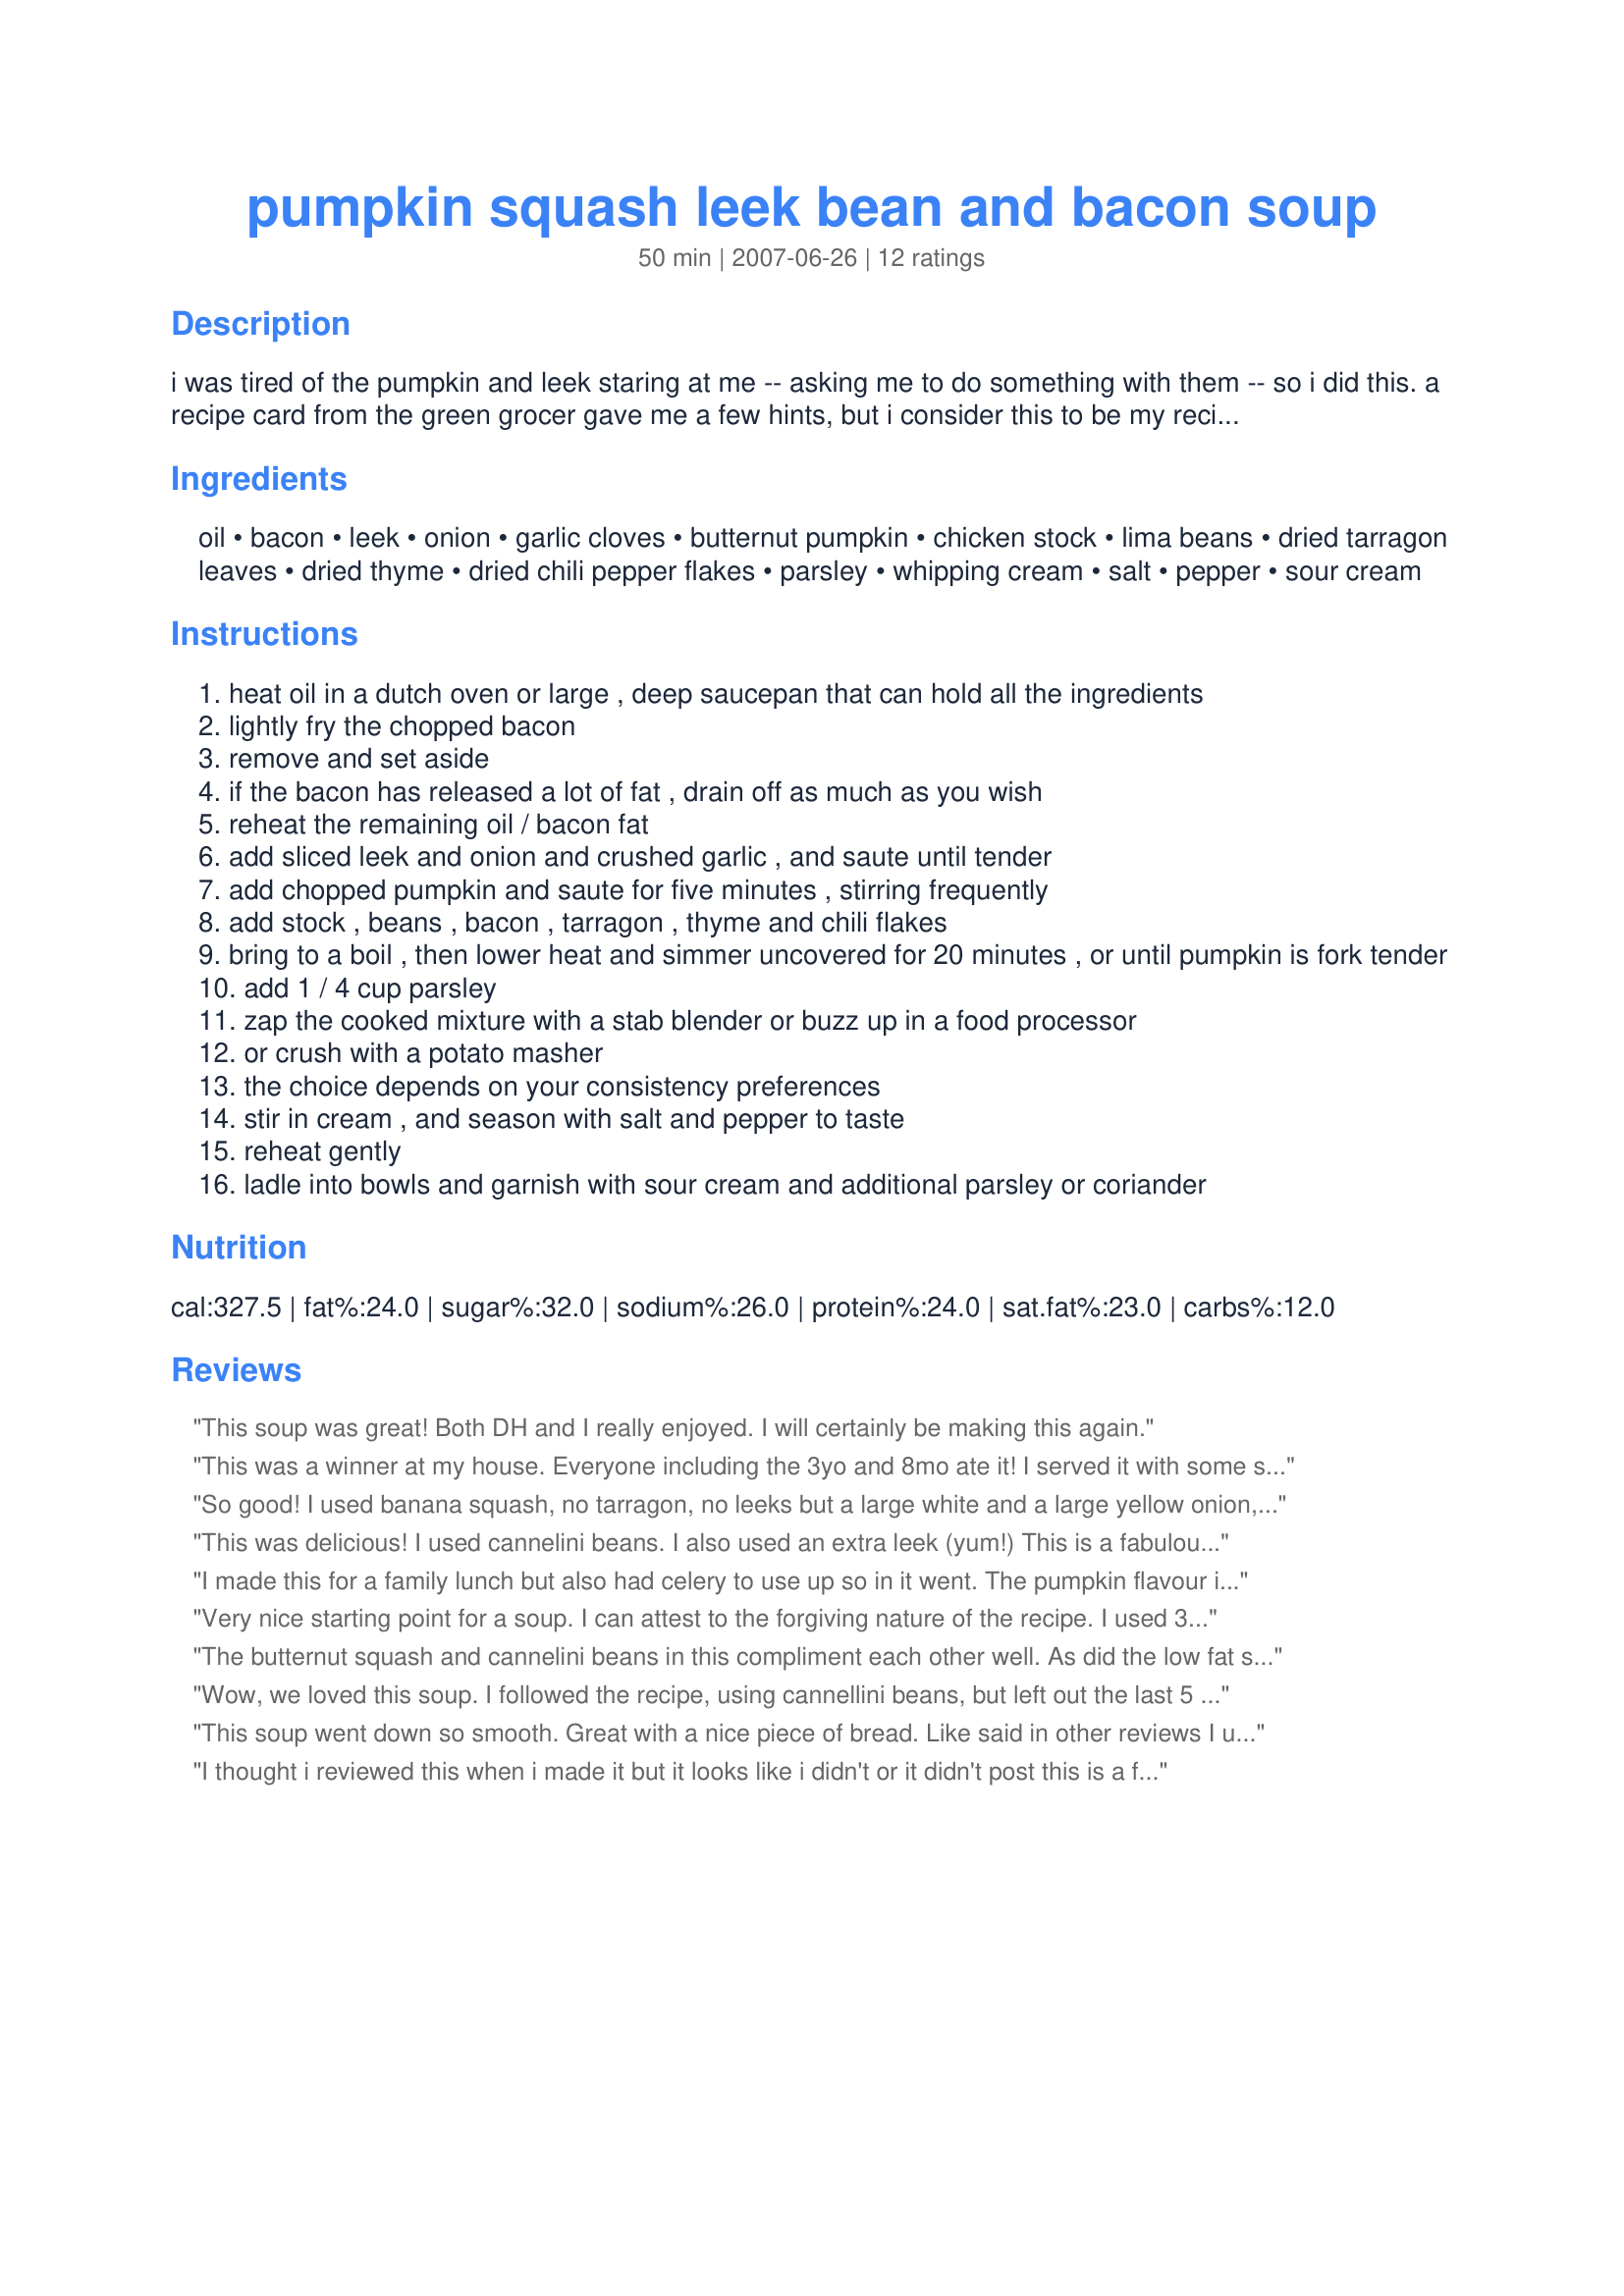
pumpkin squash leek bean and bacon soup
Preparation time: 50 minutes

i was tired of the pumpkin and leek staring at me -- asking me to do something with them -- so i did this. a recipe card from the green grocer gave me a few hints, but i consider this to be my recipe. it's a great warmer in winter, and not too bad served at room temperature. the ingredient amounts are forgiving, so don't be afraid to be flexible. if you want a vegetarian result, omit the bacon and use vegetable stock. cream can also be omitted. the chili flakes make the dish. *note: if you can get tinned/canned pumpkin, you can use three 15-ounce tins to replace the chopped pumpkin. if you do this, you can add the tinned pumpkin when you add the cream.

Ingredients:
oil, bacon, leek, onion, garlic cloves, butternut pumpkin, chicken stock, lima beans, dried tarragon leaves, dried thyme, dried chili pepper flakes, parsley, whipping cream, salt, pepper, sour cream

Steps:
heat oil in a dutch oven or large , deep saucepan that can hold all the ingredients
lightly fry the chopped bacon
remove and set aside
if the bacon has released a lot of fat , drain off as much as you wish
reheat the remaining oil / bacon fat
add sliced leek and onion and crushed garlic , and saute until tender
add chopped pumpkin and saute for five minutes , stirring frequently
add stock , beans , bacon , tarragon , thyme and chili flakes
bring to a boil , then lower heat and simmer uncovered for 20 minutes , or until pumpkin is fork tender
add 1 / 4 cup parsley
zap the cooked mixture with a stab blender or buzz up in a food processor
or crush with a potato masher
the choice depends on your consistency preferences
stir in cream , and season with salt and pepper to taste
reheat gently
ladle into bowls and garnish with sour cream and additional parsley or coriander

Reviews:
This soup was great! Both DH and I really enjoyed. I will certainly be making this again.
This was a winner at my house. Everyone including the 3yo and 8mo ate it! I served it with some simple soda bread - delicious. It made a lot too, so good for leftovers for the freezer.
So good! I used banana squash, no tarragon, no leeks but a large white and a large yellow onion, which I cooked up in the pan with the bacon and dried garlic while I microwaved the squash so it would be done faster. I put a half cup of flour in the pan with the bacon when the bacon and onions were done and cooked it up for a minute, then made sure the stock and cream were hot when I dumped them in so the fIour would make a roux and not be gluey. Substituted garbanzo beans for the white beans because that&#039;s what I had. I used an immersion blender at the end to blend it.
This was delicious! I used cannelini beans. I also used an extra leek (yum!) This is a fabulous soup that I made for the Aussie Swap.
I made this for a family lunch but also had celery to use up so in it went. The pumpkin flavour is very subtle so even SIL tried it who doesn't like pumpkin which was good. A lovely soup that went well with some fresh damper rolls. Thankyou!
Very nice starting point for a soup. I can attest to the forgiving nature of the recipe. I used 3 large leeks (and even included lots of the darker green parts because they do have nice flavor, the dark green looks great in this soup, and because they aren't too tough after a good simmer). I used extra garlic, less stock, and skipped the beans altogether because I didn't think we would like that texture with the thicker type of soup. I used turkey pepperoni slices in place of bacon, and used 2 cans (didn't have a 3rd) of pumpkin rather than the squash--partly for convenience, but also because I've found that pumpkin strikes me as less sweet than the other orange/yellow squashes and I prefer that. I had no tarragon, so used extra thyme and added some sage, as well as plenty of pepper. I did not use the cream and we did not miss it. I served it with some parmesan cheese and fresh bread and salad. It had great flavors that both contrasted from each other and worked well together, and I also really enjoyed the leftovers in my lunch. To top it all off, it was quick and easy to toss together and allows you to do other stuff during the simmer.
The butternut squash and cannelini beans in this compliment each other well. As did the low fat sausage I used (instead of the bacon). I did not use the cream. The juice of a very large lemon, along with non fat sour cream gave it just the right tang. It was really good!
Wow, we loved this soup. I followed the recipe, using cannellini beans, but left out the last 5 ingredients. So easy to make & with fabulous results. I made it a couple of days ahead for our dinner last night. Great for an easy meal on a cool autumn night. Thanks Peggy for sharing this winner.
This soup went down so smooth. Great with a nice piece of bread. Like said in other reviews I used cannelini bean instead of the lima (never been a big fan). This was VERY tasty and I will make this again. Made and reviewed for Recipe Swap #24 Jan.'08
I thought i reviewed this when i made it but it looks like i didn't or it didn't post
this is a fantastic soup the bacon & leek make it a fantastic version of the normal pumpkin soup. Very tasty Made for RECIPE SWAP #21 - October 2008
Excellent recipe. I was very surprised at how fresh it tasted. I used vegetable stock instead of chicken, didn't have any tarragon leaves and omitted the cream. I garnished with parsley and croutons. I tried this when warm and tried it again after it had been in the fridge for a couple of hours. As the days are very hot here at the moment I thought I'd give it a try cold. Who said soups should be served hot!!!!! This was delicious chilled also.
Really delicious. I made mine with fresh butternut squash, a can of baby butter beans and added the half cup of whipping cream. I used my immersion blender to smooth things out and we all enjoyed this soup very much. Made for Comfort Food, a tag game.
